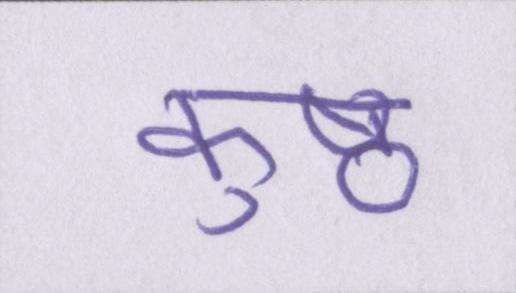
कुष्ठ